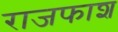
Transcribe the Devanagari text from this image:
राजफाश